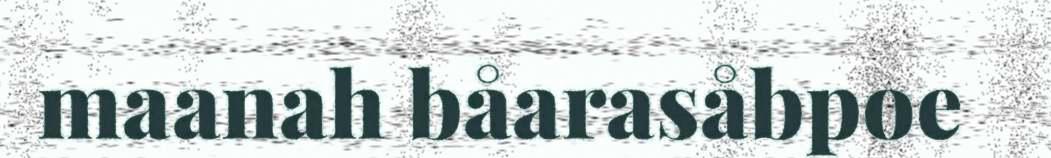
maanah båarasåbpoe